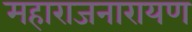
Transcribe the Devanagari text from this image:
महाराजनारायण